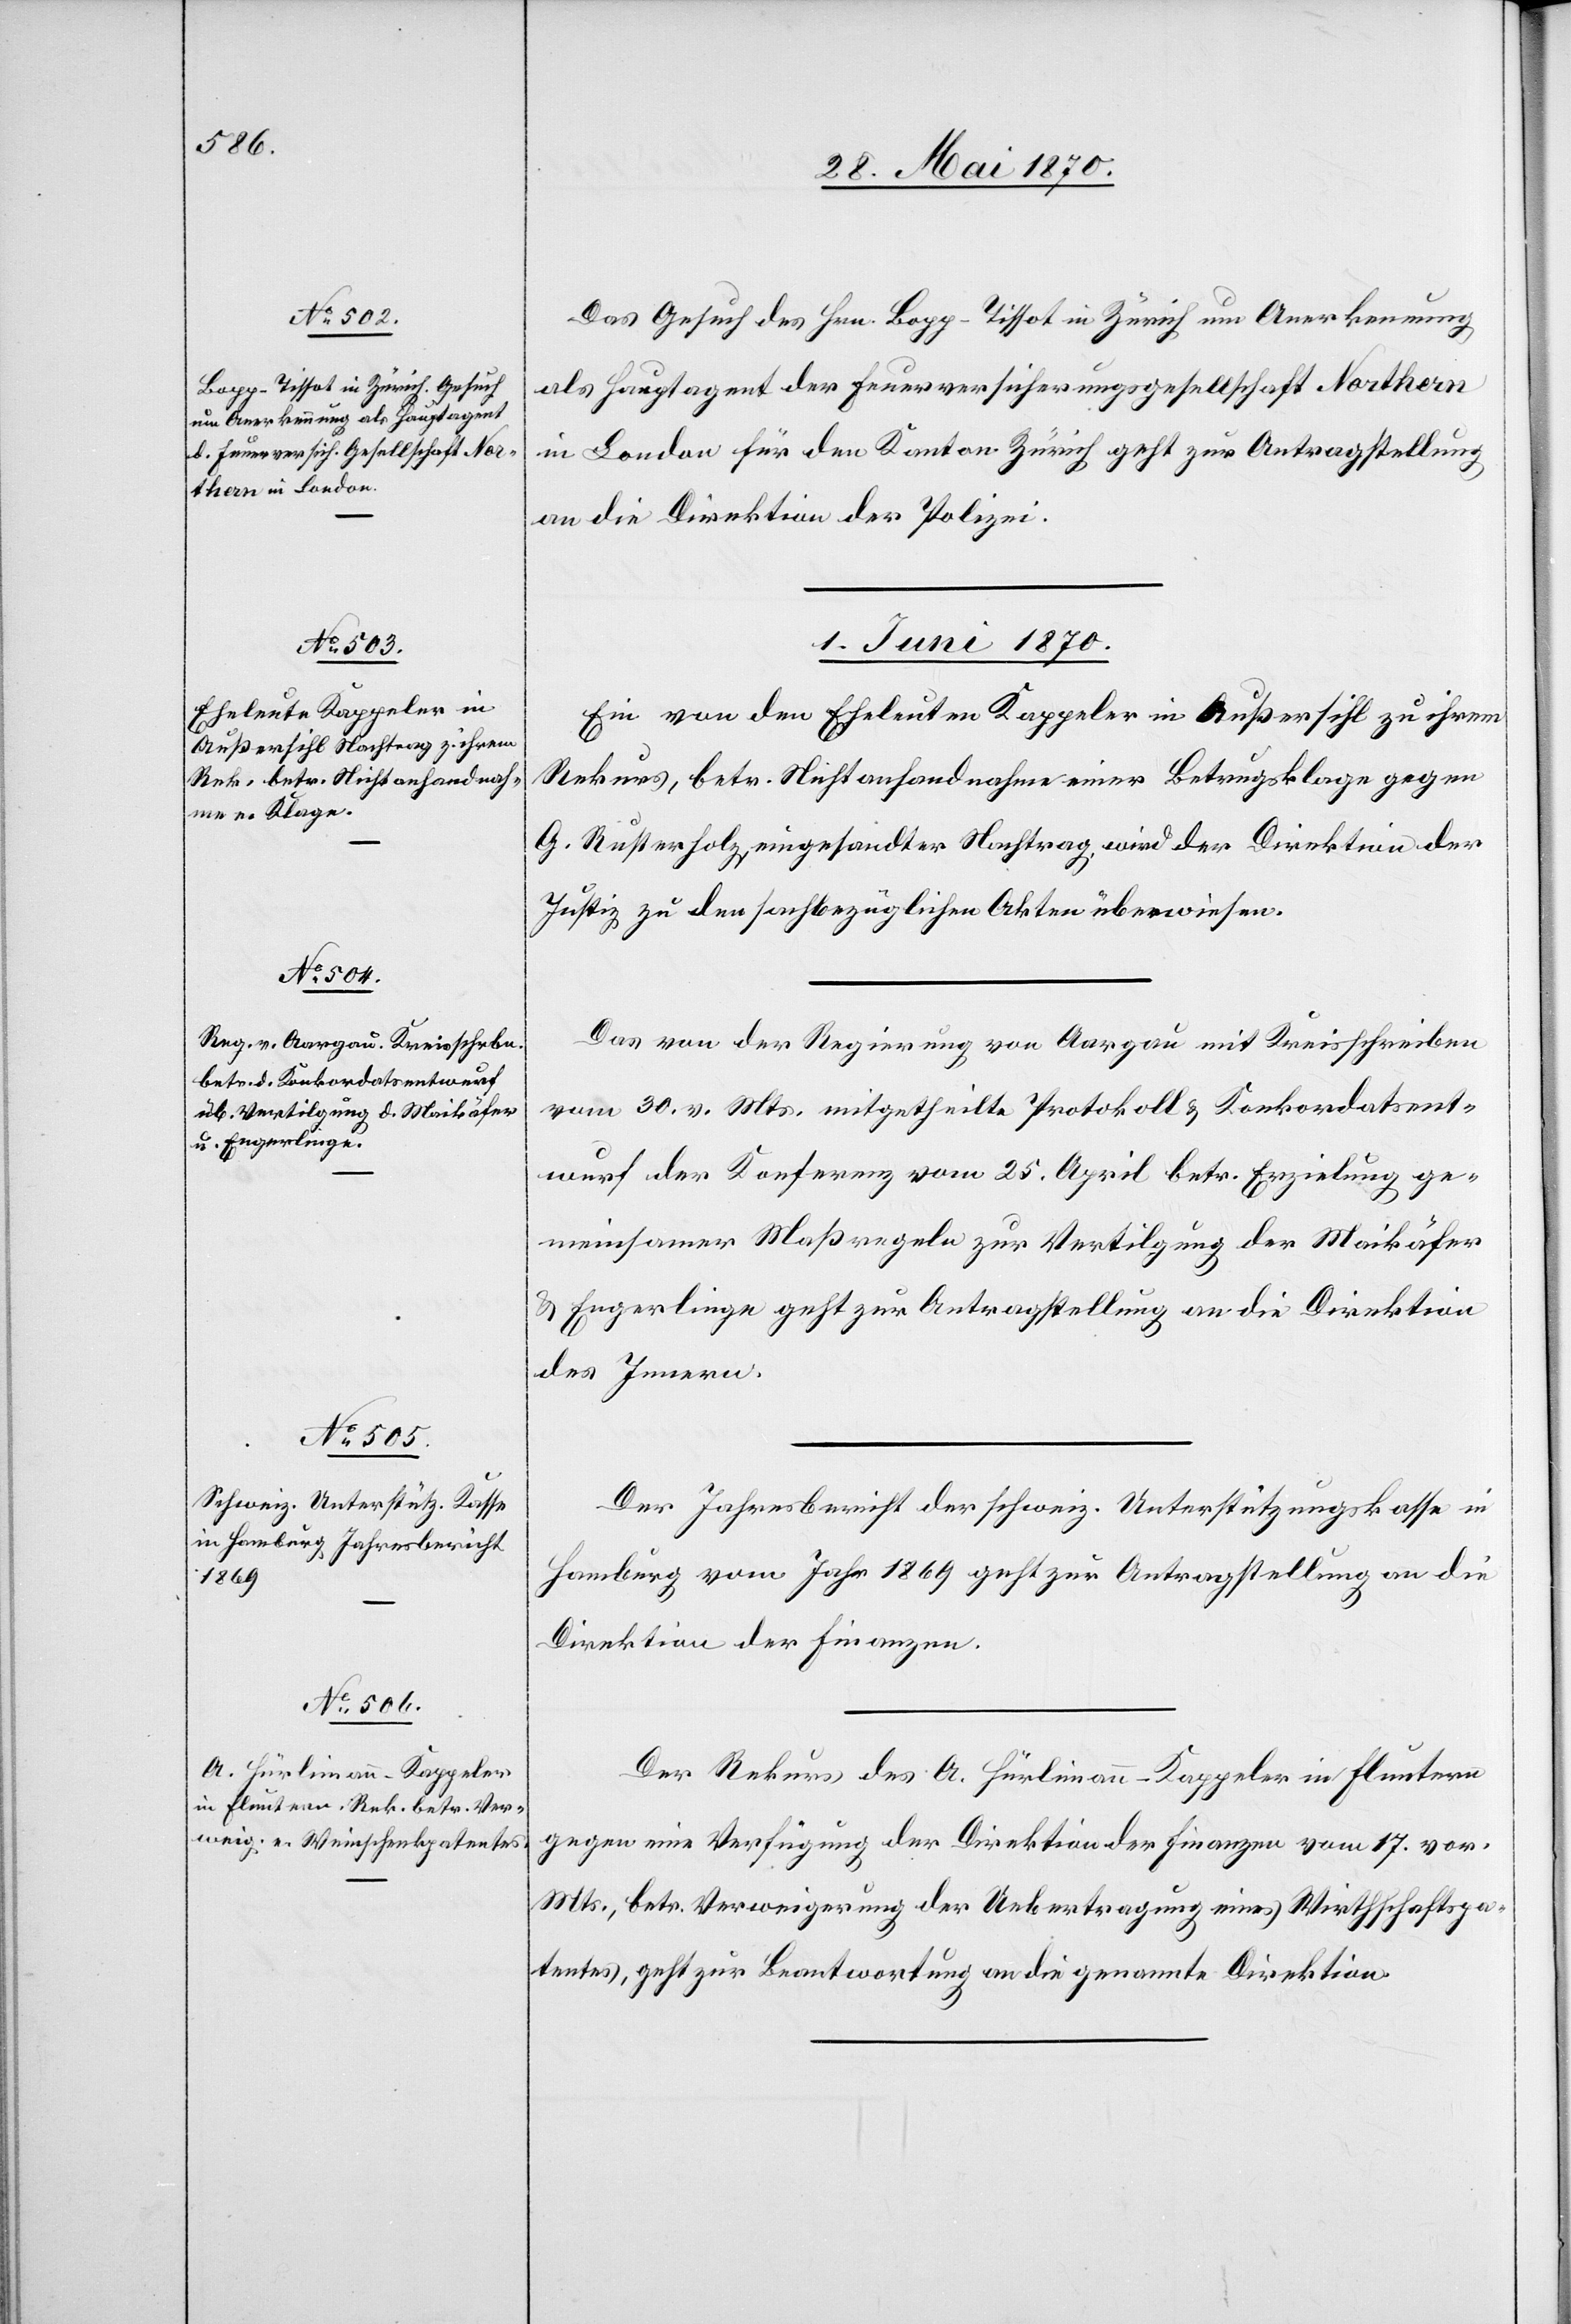
31. Mai 1870.]
Das Gesuch des Hrn. Bopp-Tissot in Zürich um Anerkennung
als Hauptagent der Feuerversicherungsgesellschaft Northern
in London für den Kanton Zürich geht zur Antragstellung
an die Direktion der Polizei.
1. Juni 1870.]
Ein von den Eheleuten Kappeler in Außersihl zu ihrem
Rekurs, betr. Nichtanhandnahme einer Betrugsklage gegen
G. Rusterholz, eingesandter Nachtrag, wird der Direktion der
Justiz zu den sachbezüglichen Akten überwiesen.
Das von der Regierung von Aargau mit Kreisschreiben
vom 30. v. Mts. mitgetheilte Protokoll & Konkordatsent¬
wurf der Konferenz vom 25. April betr. Erzielung ge¬
meinsamer Maßregeln zur Vertilgung der Maikäfer
& Engerlinge geht zur Antragstellung an die Direktion
des Innern.
Der Jahresbericht der schweiz. Unterstützungskasse in
Hamburg vom Jahr 1869 geht zur Antragstellung an die
Direktion der Finanzen.
Der Rekurs des A. Hürlimann-Kappeler in Fluntern
gegen eine Verfügung der Direktion der Finanzen vom 17. vor.
Mts., betr. Verweigerung der Uebertragung eines Wirthschaftspa¬
tentes, geht zur Beantwortung an die genannte Direktion.